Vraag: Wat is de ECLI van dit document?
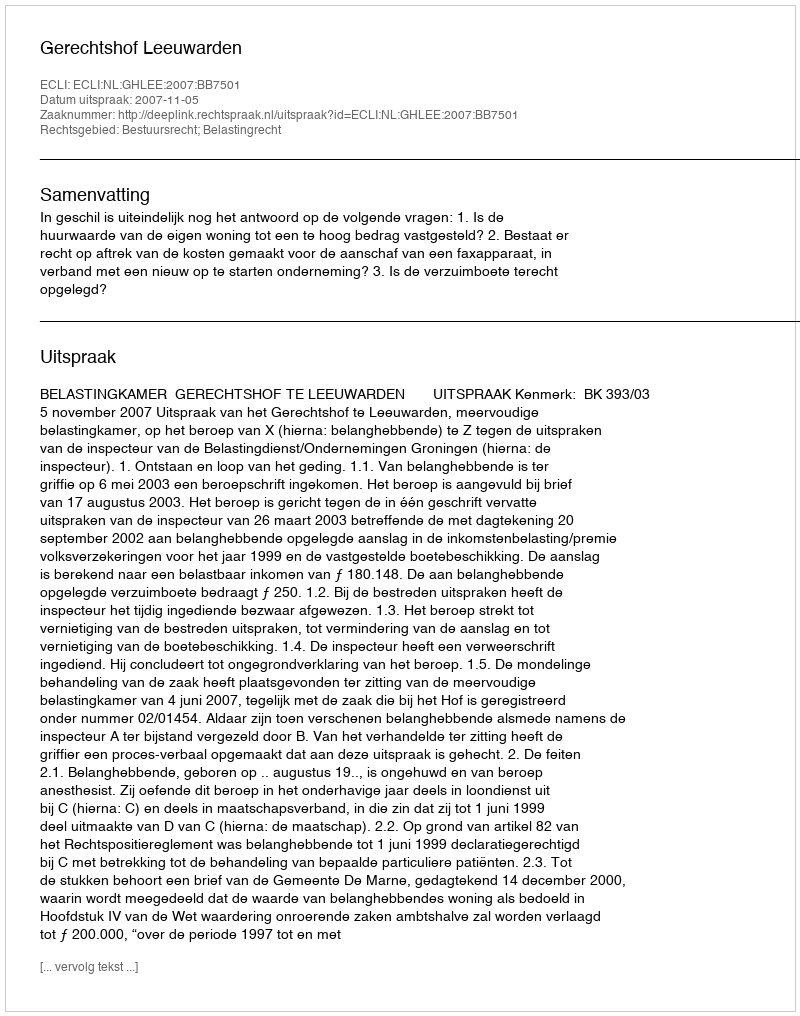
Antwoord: ECLI:NL:GHLEE:2007:BB7501